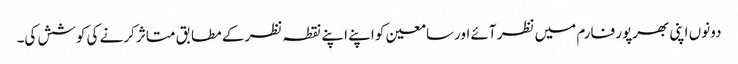
دونوں اپنی بھرپور فارم میں نظر آئے اورسامعین کو اپنے اپنے نقطہ نظر کے مطابق متاثر کرنے کی کوشش کی۔